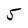
Character: 5